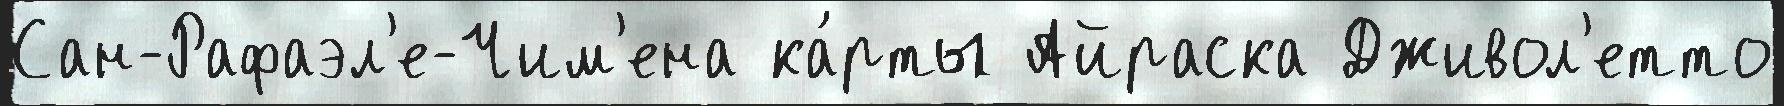
Сан-Рафаэл'е-Чим'ена ка́рты Айраска Дживол'етто